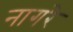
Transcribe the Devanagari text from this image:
नागरे